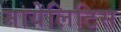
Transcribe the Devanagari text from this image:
मायेलिटिस